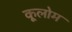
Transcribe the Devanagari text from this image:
कूलोम